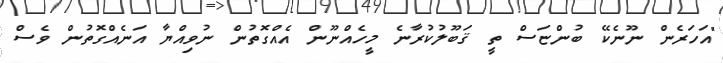
"އަހަރެން ނޫނެކޭ ބުންޏަސް ތީ ޤަބޫލުކުރާނެ މީހެއްނޫން އެއްގޮތުން ނުވިއްޔާ އަނެއްގޮތުން ވެސް